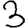
Digit: 3